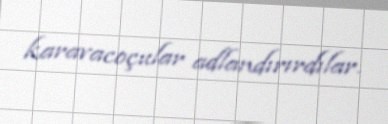
karavacoçular adlandırırdılar.